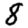
Digit: 8